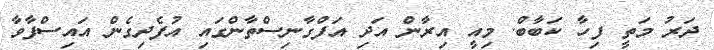
ދަރު މަތީ ފިހާ ކަބާބް. މިއީ އިރާން އަދި އަފްގާނިސްތާންގައި އުފެދިގެން އައިސްފާވާ